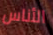
الأناس